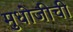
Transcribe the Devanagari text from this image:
मुधोजीची